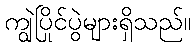
ကျွဲပြိုင်ပွဲများရှိသည်။